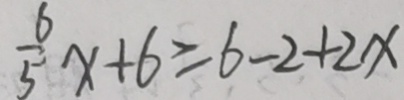
\frac { 6 } { 5 } x + 6 \geq 6 - 2 + 2 x